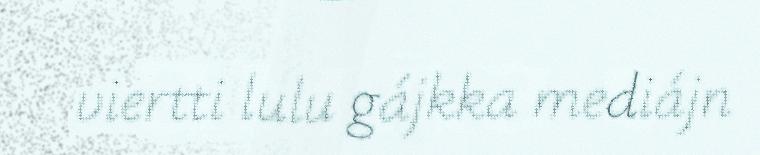
viertti lulu gájkka mediájn